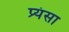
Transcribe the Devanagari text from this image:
प्र्यंसा